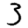
Digit: 3